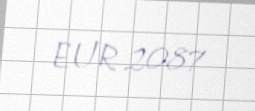
EUR 2087